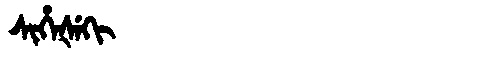
Manchu: ᠰᡳᡥᡝᡧᡝᡴᡳ
Romanization: SIHEŠEKI